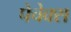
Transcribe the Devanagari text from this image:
पेचेक्स